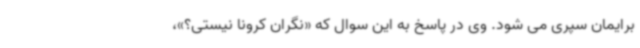
برایمان سپری می شود. وی در پاسخ به این سوال که «نگران کرونا نیستی؟»،